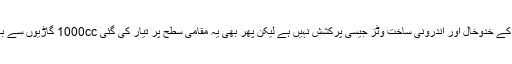
اگر چہ پیسو کے خدوخال اور اندرونی ساخت وٹز جیسی پرکشش نہیں ہے لیکن پھر بھی یہ مقامی سطح پر تیار کی گئی 1000cc گاڑیوں سے بہت بہتر ہے۔